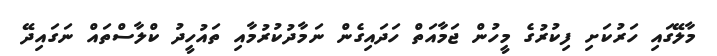
މާލޭގައި ހަރުކަށި ފިކުރުގެ މީހުން ޖަމާއަތް ހަދައިގެން ނަމާދުކުރުމާއި ތައުހީދު ކްލާސްތައް ނަގައިދޭ